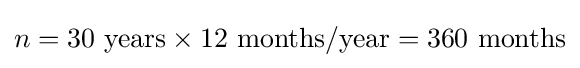
n=30{\text{ years}}\times 12{\text{ months/year}}=360{\text{ months}}